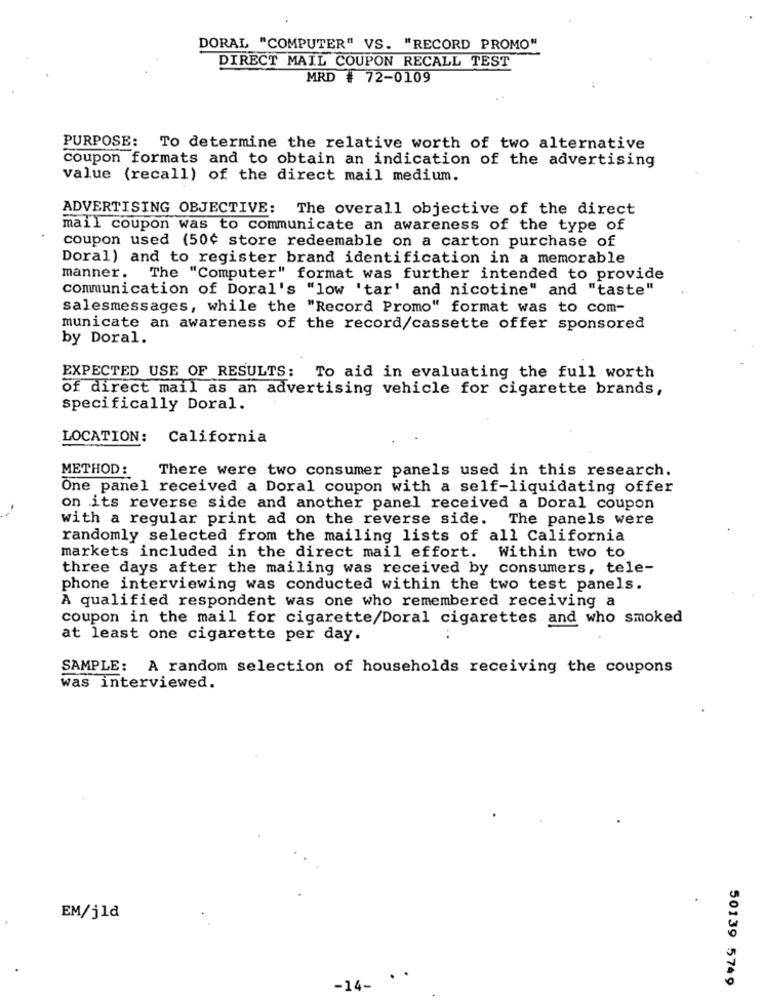
DORAL "COMPUTER" VS. "RECORD PROMO"
DIRECT MAIL COUPON RECALL TEST
MRD # 72-0109
PURPOSE:
To determine the relative worth of two alternative
coupon formats and to obtain an indication of the advertising
value (recall) of the direct mail medium.
ADVERTISING OBJECTIVE:
The overall objective of the direct
mail coupon was to communicate an awareness of the type of
coupon used (50¢ store redeemable on a carton purchase of
Doral) and to register brand identification in a memorable
manner. The "Computer" format was further intended to provide
communication of Doral's "low 'tar' and nicotine" and "taste"
salesmessages, while the "Record Promo" format was to com-
municate an awareness of the record/cassette offer sponsored
by Doral.
EXPECTED USE OF RESULTS: To aid in evaluating the full worth
of direct mail as an advertising vehicle for cigarette brands,
specifically Doral.
LOCATION: California
METHOD:
There were two consumer panels used in this research.
One panel received a Doral coupon with a self-liquidating offer
on its reverse side and another panel received a Doral coupon
with a regular print ad on the reverse side. The panels were
randomly selected from the mailing lists of all California
markets included in the direct mail effort. Within two to
three days after the mailing was received by consumers, tele-
phone interviewing was conducted within the two test panels.
A qualified respondent was one who remembered receiving a
coupon in the mail for cigarette/Doral cigarettes and who smoked
at least one cigarette per day.
SAMPLE: A random selection of households receiving the coupons
was interviewed.
EM/j1d
. .
50139 5749
-14-